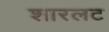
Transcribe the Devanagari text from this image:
शारलट